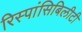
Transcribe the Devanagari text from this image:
रिस्पांसिबिलीटी